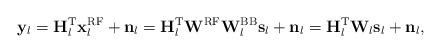
LaTeX: \begin{align*}\mathbf{y}_l = \mathbf{H}_l^{\mathrm{T}} \mathbf{x}^{\mathrm{RF}}_l + \mathbf{n}_l = \mathbf{H}_l^{\mathrm{T}} \mathbf{W}^{\mathrm{RF}} \mathbf{W}^{\mathrm{BB}}_l \mathbf{s}_l + \mathbf{n}_l = \mathbf{H}_l^{\mathrm{T}} \mathbf{W}_l \mathbf{s}_l + \mathbf{n}_l,\end{align*}